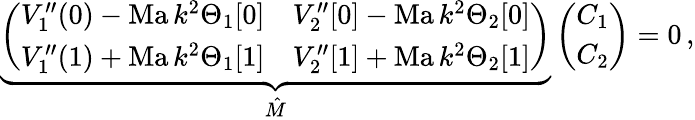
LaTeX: \underbrace{\left(\begin{array}{ll}{V_{1}^{\prime\prime}(0)-\mathrm{Ma}\, k^{2}\Theta_{1}[0]}&{V_{2}^{\prime\prime}[0]-\mathrm{Ma}\, k^{2}\Theta_{2}[0]}\\ {V_{1}^{\prime\prime}(1)+\mathrm{Ma}\, k^{2}\Theta_{1}[1]}&{V_{2}^{\prime\prime}[1]+\mathrm{Ma}\, k^{2}\Theta_{2}[1]}\end{array}\right)}_{\hat{M}}\left(\begin{array}{l}{C_{1}}\\ {C_{2}}\end{array}\right)=0\, ,